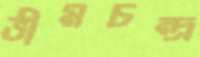
ভীমচন্দ্র